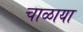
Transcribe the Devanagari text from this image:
चाळाया